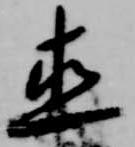
直